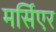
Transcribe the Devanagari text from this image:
मर्सिएर